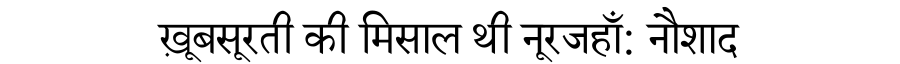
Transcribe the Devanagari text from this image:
ख़ूबसूरती की मिसाल थी नूरजहाँ: नौशाद